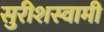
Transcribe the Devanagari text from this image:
सुरीशस्वामी